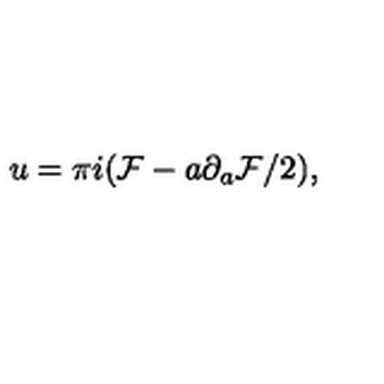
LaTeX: u = \pi i ( { \cal F } - a \partial _ { a } { \cal F } / 2 ) ,